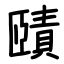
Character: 賾